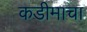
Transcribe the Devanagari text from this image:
कडीमाचा